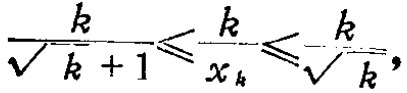
\frac{k}{\sqrt{k + 1}}\leqslant\frac{k}{x_{k}}\leqslant\frac{k}{\sqrt{k}}